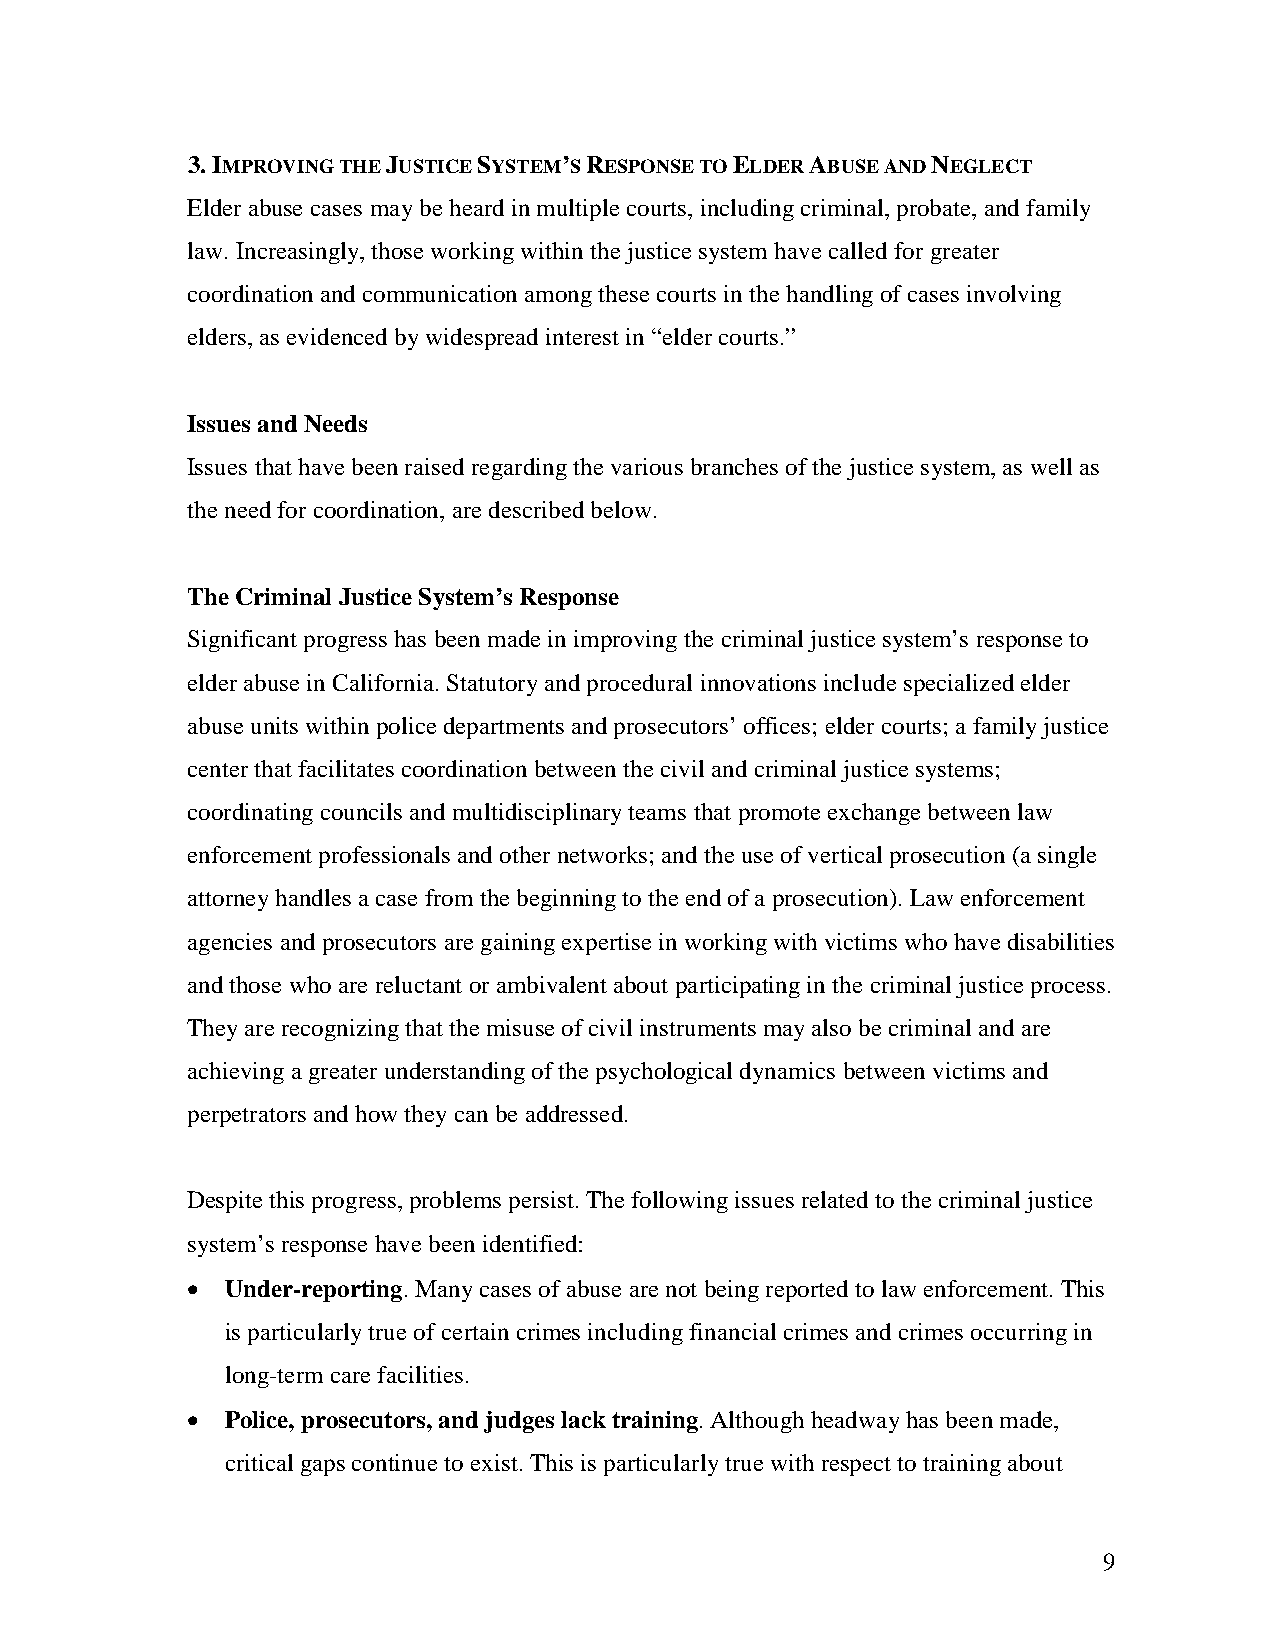
3. IMPROVING THE JUSTICE SYSTEM’S RESPONSE TO ELDER ABUSE AND NEGLECT
 Elder abuse cases may be heard in multiple courts, including criminal, probate, and family
 law. Increasingly, those working within the justice system have called for greater
 coordination and communication among these courts in the handling of cases involving
 elders, as evidenced by widespread interest in “elder courts.”
 Issues and Needs
 Issues that have been raised regarding the various branches of the justice system, as well as
 the need for coordination, are described below.
 The Criminal Justice System’s Response
 Significant progress has been made in improving the criminal justice system’s response to
 elder abuse in California. Statutory and procedural innovations include specialized elder
 abuse units within police departments and prosecutors’ offices; elder courts; a family justice
 center that facilitates coordination between the civil and criminal justice systems;
 coordinating councils and multidisciplinary teams that promote exchange between law
 enforcement professionals and other networks; and the use of vertical prosecution (a single
 attorney handles a case from the beginning to the end of a prosecution). Law enforcement
 agencies and prosecutors are gaining expertise in working with victims who have disabilities
 and those who are reluctant or ambivalent about participating in the criminal justice process.
 They are recognizing that the misuse of civil instruments may also be criminal and are
 achieving a greater understanding of the psychological dynamics between victims and
 perpetrators and how they can be addressed.
 Despite this progress, problems persist. The following issues related to the criminal justice
 system’s response have been identified:
 •  Under-reporting. Many cases of abuse are not being reported to law enforcement. This
 is particularly true of certain crimes including financial crimes and crimes occurring in
 long-term care facilities.
 •  Police, prosecutors, and judges lack training. Although headway has been made,
 critical gaps continue to exist. This is particularly true with respect to training about
 9